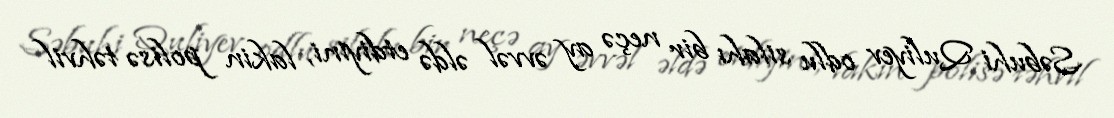
Səbuhi Quliyev odlu silahı bir neçə ay əvvəl əldə etdiyini, lakin polisə təhvil